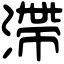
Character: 滯